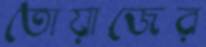
তোয়াজের